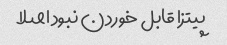
پیتزا قابل خوردن نبود اصلا